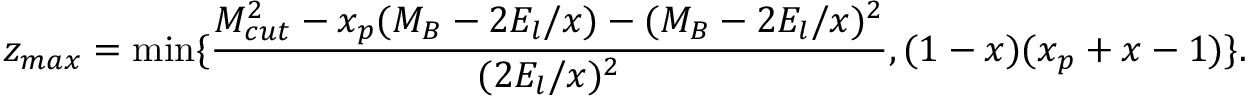
z _ { m a x } = \operatorname * { m i n } \{ \frac { M _ { c u t } ^ { 2 } - x _ { p } ( M _ { B } - 2 E _ { l } / x ) - ( M _ { B } - 2 E _ { l } / x ) ^ { 2 } } { ( 2 E _ { l } / x ) ^ { 2 } } , ( 1 - x ) ( x _ { p } + x - 1 ) \} .